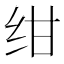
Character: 绀